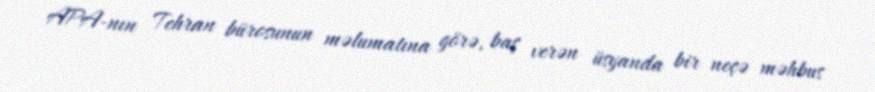
APA-nın Tehran bürosunun məlumatına görə, baş verən üsyanda bir neçə məhbus